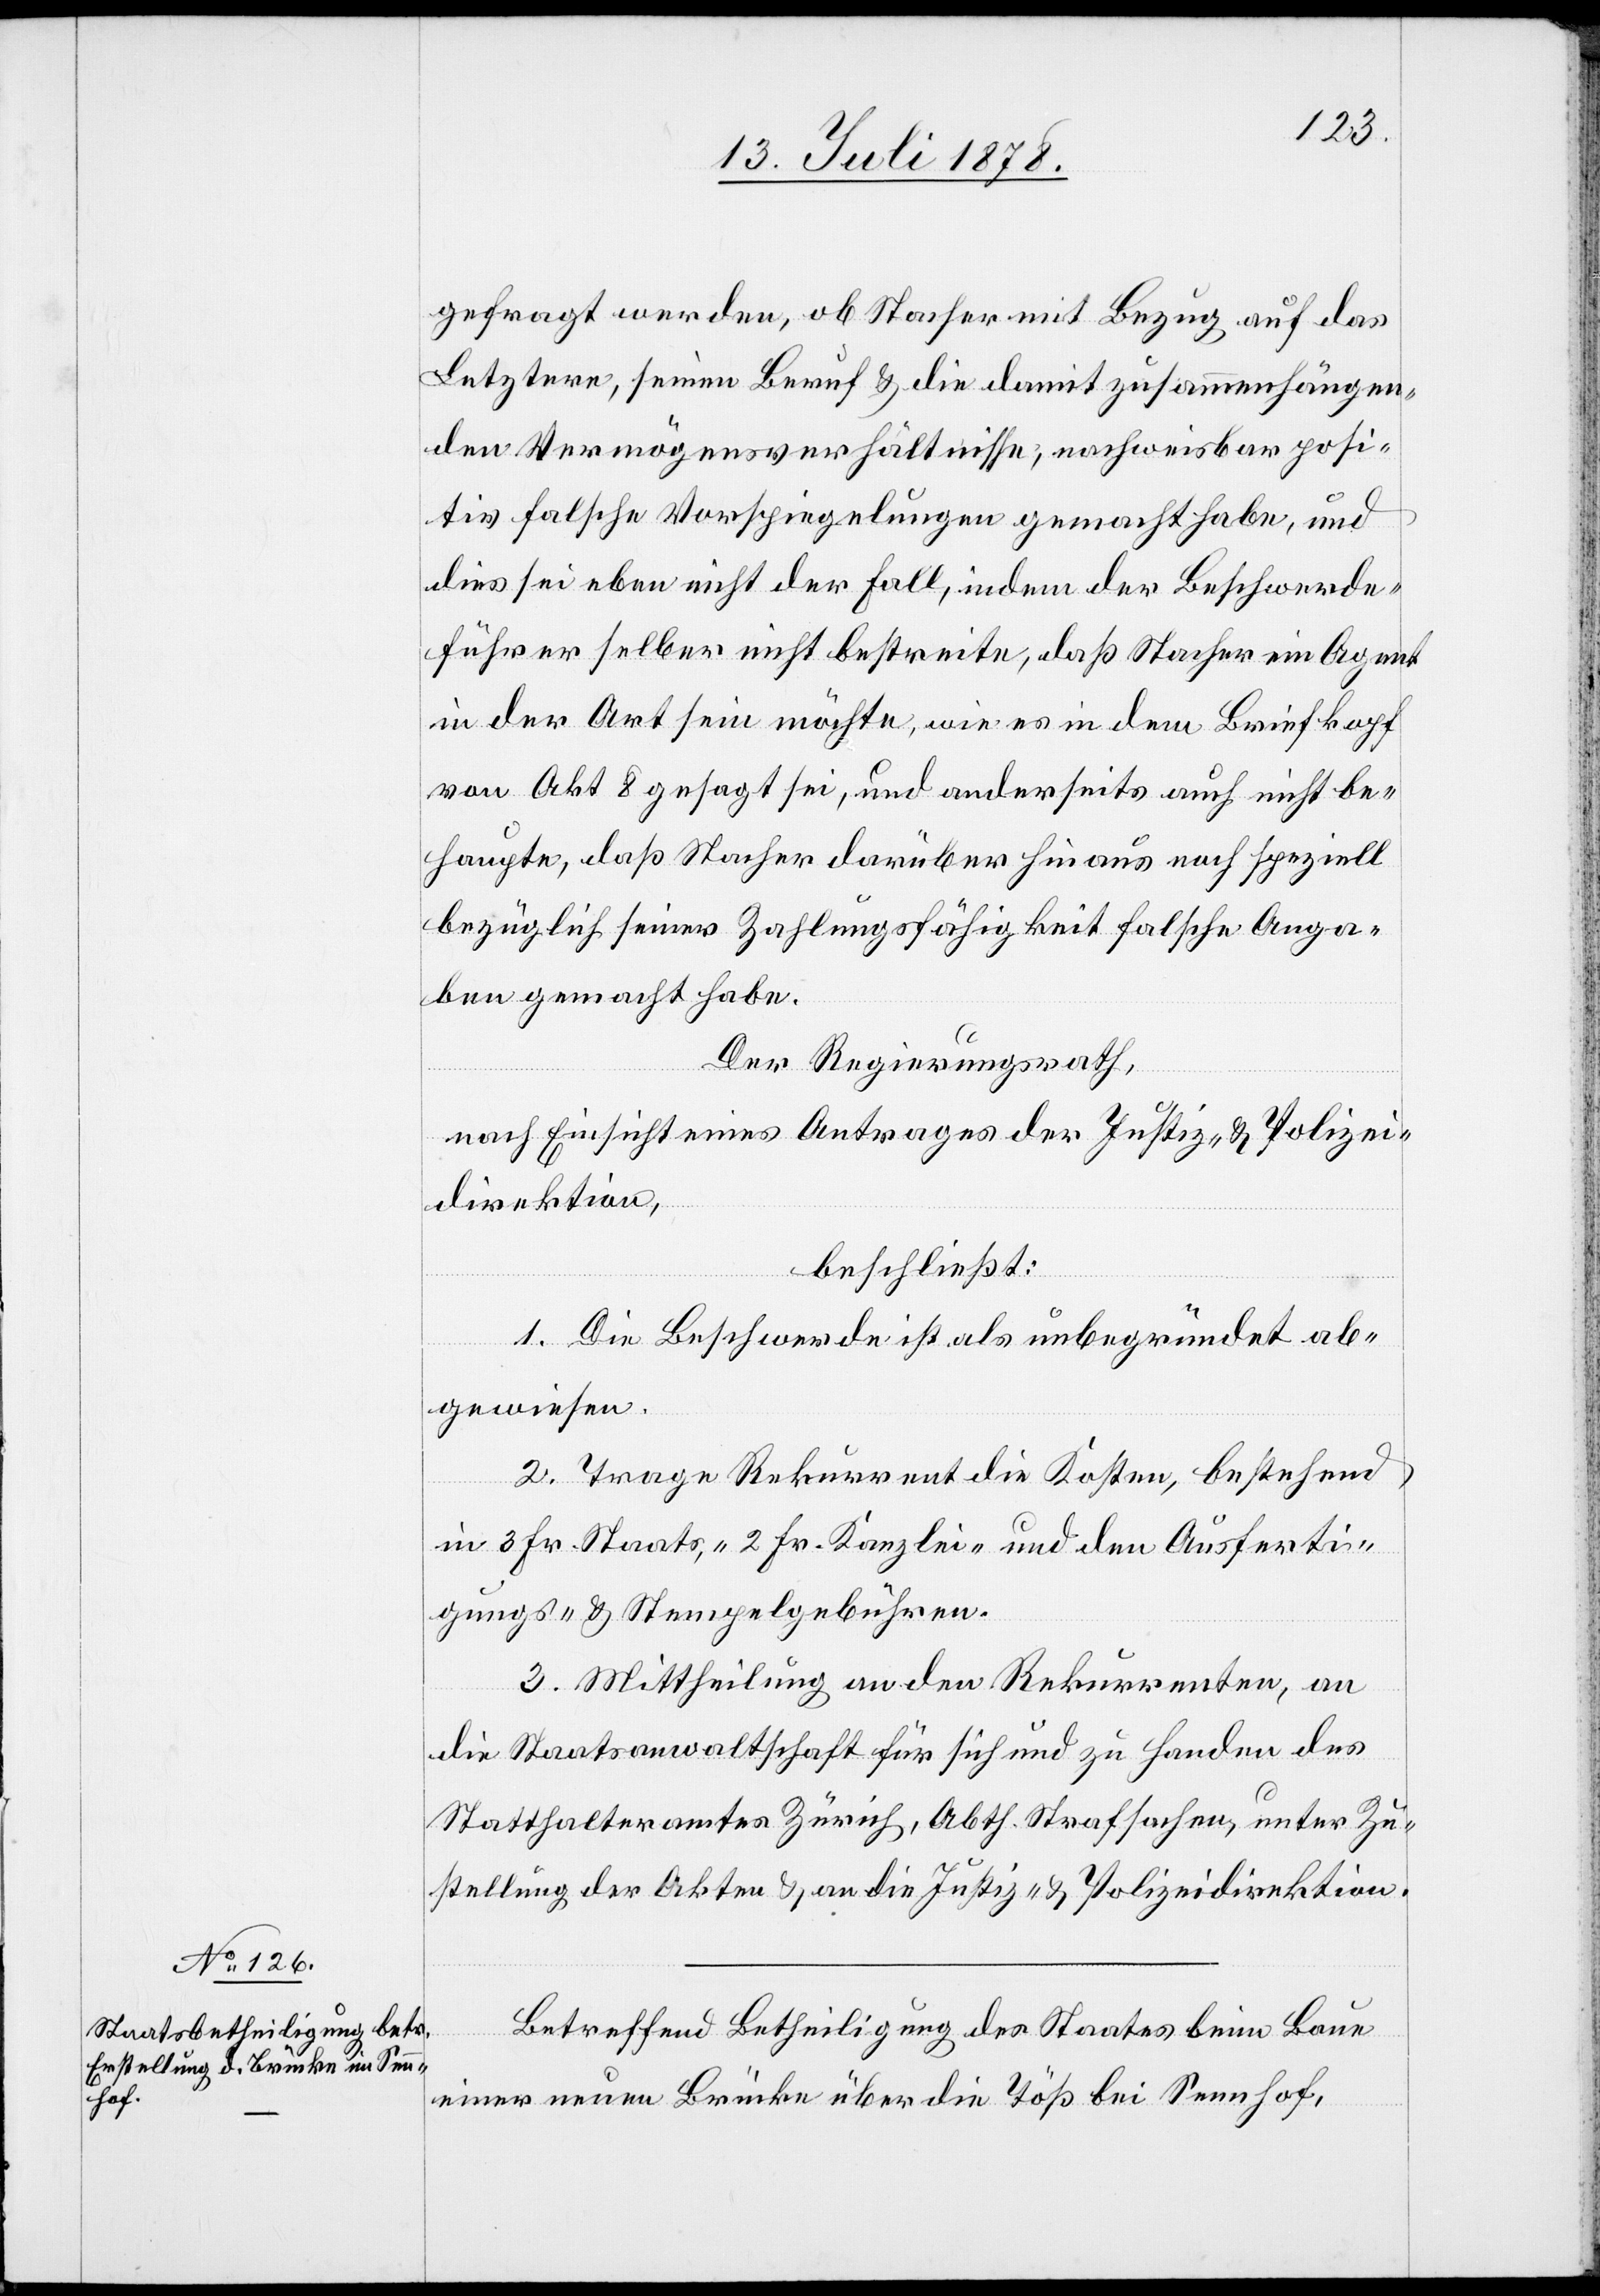
gefragt werden, ob Stacher mit Bezug auf das
Letztere, seinen Beruf & die damit zusammenhängen¬
den Vermögensverhältnisse, nachweisbar posi¬
tiv falsche Vorspiegelungen gemacht habe, und
dies sei eben nicht der Fall, indem der Beschwerde¬
führer selber nicht bestreite, daß Stacher ein Agent
in der Art sein möchte, wie es in dem Briefkopf
von Akt 8 gesagt sei, und anderseits auch nicht be¬
haupte, daß Stacher darüber hinaus noch speziell
bezüglich seiner Zahlungsfähigkeit falsche Anga¬
ben gemacht habe.“
Der Regierungsrath,
nach Einsicht eines Antrages der Justiz- & Polizei¬
direktion,
beschließt:
1. Die Beschwerde ist als unbegründet ab¬
gewiesen.
2. Trage Rekurrent die Kosten, bestehend
in 3 Fr. Staats-, 2 Fr. Kanzlei- und den Ausferti¬
gungs- & Stempelgebühren.
3. Mittheilung an den Rekurrenten, an
die Staatsanwaltschaft für sich und zu Handen des
Statthalteramtes Zürich, Abth. Strafsachen, unter Zu¬
stellung der Akten & an die Justiz- & Polizeidirektion.
Betreffend Betheiligung des Staates beim Baue
einer neuen Brücke über die Töß bei Sennhof,